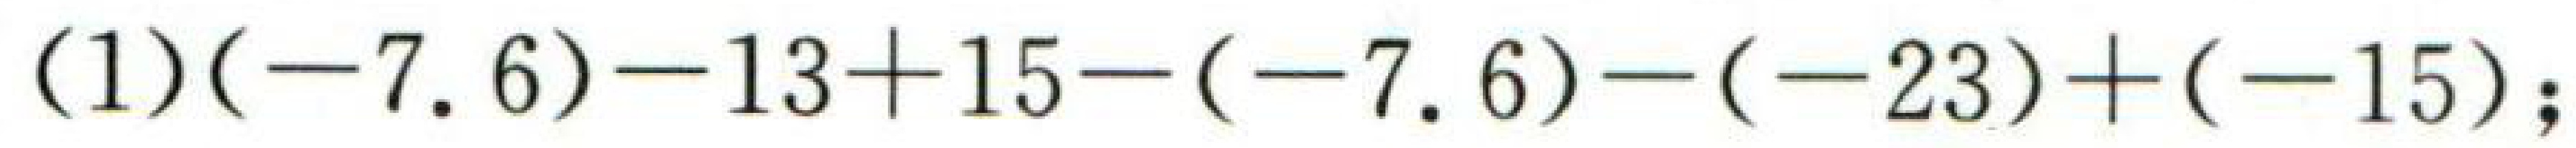
\((1)(-7.6)-13 + 15-(-7.6)-(-23)+(-15);\)